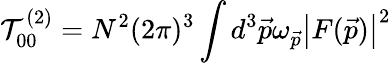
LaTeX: \mathcal{T}_{00}^{(2)}={N^{2}(2\pi)^{3}}\int{{d^{3}\vec{{p}}\omega_{\vec{{p}}}}\left|F(\vec{{p}})\right|^{2}}